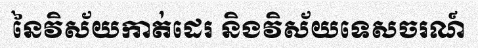
នៃវិស័យកាត់ដេរ និងវិស័យទេសចរណ៍